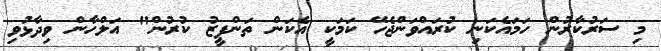
މި ސަރުކާރުން ހަމައެކަނި ކުރައްވަންޖެހޭ ކަމަކީ އެކަން ތަންފީޒު ކުރުން" އަލްހާން ވިދާޅުވި